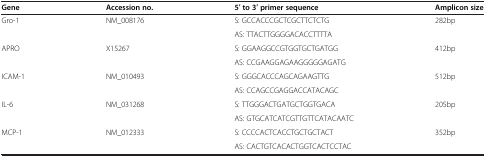
<table><thead><tr><td><b>Gene</b></td><td><b>Accession no.</b></td><td><b>5′ to 3′ primer sequence</b></td><td><b>Amplicon size</b></td></tr></thead><tbody><tr><td>Gro-1</td><td>NM_008176</td><td>S: GCCACCCGCTCGCTTCTCTG</td><td>282bp</td></tr><tr><td> </td><td> </td><td>AS: TTACTTGGGGACACCTTTTA</td><td> </td></tr><tr><td>APRO</td><td>X15267</td><td>S: GGAAGGCCGTGGTGCTGATGG</td><td>412bp</td></tr><tr><td> </td><td> </td><td>AS: CCGAAGGAGAAGGGGGAGATG</td><td> </td></tr><tr><td>ICAM-1</td><td>NM_010493</td><td>S: GGGCACCCAGCAGAAGTTG</td><td>512bp</td></tr><tr><td> </td><td> </td><td>AS: CCAGCCGAGGACCATACAGC</td><td> </td></tr><tr><td>IL-6</td><td>NM_031268</td><td>S: TTGGGACTGATGCTGGTGACA</td><td>205bp</td></tr><tr><td> </td><td> </td><td>AS: GTGCATCATCGTTGTTCATACAATC</td><td> </td></tr><tr><td>MCP-1</td><td>NM_012333</td><td>S: CCCCACTCACCTGCTGCTACT</td><td>352bp</td></tr><tr><td> </td><td> </td><td>AS: CACTGTCACACTGGTCACTCCTAC</td><td> </td></tr></tbody></table>